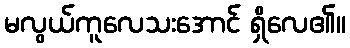
မလွယ်ကူလေသးအောင် ရှိလေ၏။